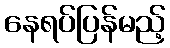
နေရပ်ပြန်မည့်